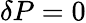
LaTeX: \delta P=0